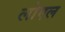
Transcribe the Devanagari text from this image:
लोएल